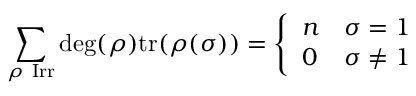
\sum _ { \rho { \mathrm { ~ I r r } } } \deg ( \rho ) { \mathrm { t r } } ( \rho ( \sigma ) ) = { \left\{ \begin{array} { l l } { n } & { \sigma = 1 } \\ { 0 } & { \sigma \neq 1 } \end{array} \right. }